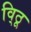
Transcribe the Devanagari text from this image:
वि्ठू